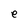
Character: e